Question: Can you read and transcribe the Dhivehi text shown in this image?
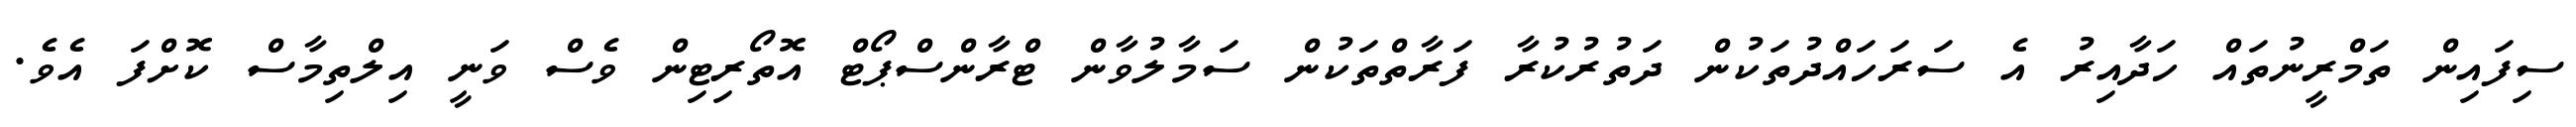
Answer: ސިފައިން ތަމްރީނުތައް ހަދާއިރު އެ ސަރަހައްދުތަކުން ދަތުރުކުރާ ފަރާތްތަކުން ސަމާލުވާން ޓްރާންސްޕޯޓް އޮތޯރިޓިން ވެސް ވަނީ އިލްތިމާސް ކޮށްފަ އެވެ.